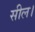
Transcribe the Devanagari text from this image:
सील।